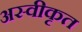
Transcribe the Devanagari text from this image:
अस्‍वीकृत